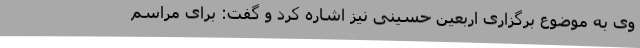
وی به موضوع برگزاری اربعین حسینی نیز اشاره کرد و گفت: برای مراسم